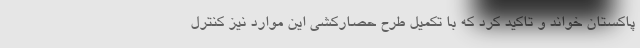
پاکستان خواند و تاکید کرد که با تکمیل طرح حصارکشی این موارد نیز کنترل